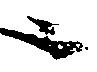
ニ